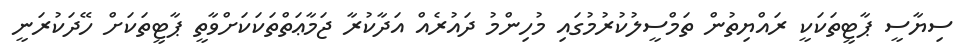
ސިޔާސީ ޕާޓީތަކަކީ ރައްޔިތުން ތަމްސީލުކުރުމުގައި މުހިންމު ދައުރެއް އަދާކުރާ ޖަމާޢަތްތަކަކަށްވާތީ ޕާޓީތަކަށް ހޭދަކުރަނީ